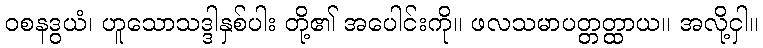
ဝစနဒွယံ၊ ဟူသောသဒ္ဒါနှစ်ပါး တို့၏ အပေါင်းကို။ ဖလသမာပတ္တတ္ထာယ။ အလို့ငှါ။